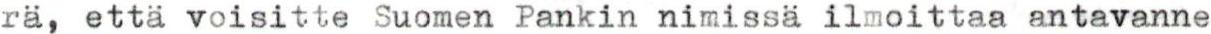
rä, että voisitte Suomen Pankin nimissä ilmoittaa antavanne